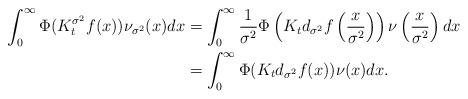
LaTeX: \begin{align*} \int_0^\infty\Phi(K^{\sigma^2}_t f(x))\nu_{\sigma^2}(x) dx &=\int_0^\infty \frac{1}{\sigma^2} \Phi\left(K_t d_{\sigma^2} f\left(\frac{x}{\sigma^2}\right)\right)\nu\left(\frac{x}{\sigma^2}\right)dx \\ &=\int_0^\infty \Phi(K_t d_{\sigma^2} f(x))\nu(x) dx. \end{align*}